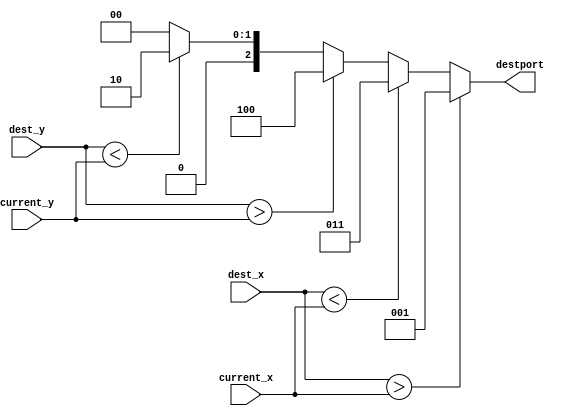
`timescale     1ns/1ps

/**********************************************************************
**    
**	Copyright (C) 2014-2017  Alireza Monemi
**    
**	This file is part of ProNoC 
**
**	ProNoC ( stands for Prototype Network-on-chip)  is free software: 
**	you can redistribute it and/or modify it under the terms of the GNU
**	Lesser General Public License as published by the Free Software Foundation,
**	either version 2 of the License, or (at your option) any later version.
**
** 	ProNoC is distributed in the hope that it will be useful, but WITHOUT
** 	ANY WARRANTY; without even the implied warranty of MERCHANTABILITY
** 	or FITNESS FOR A PARTICULAR PURPOSE.  See the GNU Lesser General
** 	Public License for more details.
**
** 	You should have received a copy of the GNU Lesser General Public
** 	License along with ProNoC. If not, see <http:**www.gnu.org/licenses/>.
**
**
**	Description: 
**	Different routing algorithms (determinstic,partially adaptive and fully adaptive)
**	for 2D mesh-based topology
**
**************************************************************/


/********************************************
                    Deterministic
*********************************************/


    /*****************************************************
                    xy_mesh_routing

    *****************************************************/



module xy_mesh_routing #(
    parameter NX        =    4,
    parameter NY        =    3,
    parameter OUT_BIN =    1    // 1: destination port is in binary format 0: onehot  
)
(
    current_x,    // current router x address
    current_y,    // current router y address
    dest_x,        // destination x address
    dest_y,        // destination y address
    destport    // router output port
        
);
    

    function integer log2;
      input integer number; begin   
         log2=(number <=1) ? 1: 0;    
         while(2**log2<number) begin    
            log2=log2+1;    
         end        
      end   
    endfunction // log2 

    localparam  P            =    5;    // router port number is always 5 in a mesh topology
    
    localparam  Xw            =    log2(NX),
                Yw            =    log2(NY),
                Pw            =    log2(P),
                DSTw          =    (OUT_BIN)? Pw : P;

    
    
    input  [Xw-1        :0]    current_x;
    input  [Yw-1        :0]    current_y;
    input  [Xw-1        :0]    dest_x;
    input  [Yw-1        :0]    dest_y;
    output [DSTw-1            :0]    destport;

    
    

    localparam  LOCAL    =    (OUT_BIN==1)?    0    :  1 ,//5'b00001
                EAST     =    (OUT_BIN==1)?    1    :  2 ,//5'b00010 
                NORTH    =    (OUT_BIN==1)?    2    :  4 ,//5'b00100    
                WEST     =    (OUT_BIN==1)?    3    :  8 ,//5'b01000  
                SOUTH    =    (OUT_BIN==1)?    4    : 16 ;//5'b10000    
    
    
    reg [DSTw-1            :0]    destport_next;
    
    
        
    assign    destport= destport_next;
    
    always@(*)begin
            destport_next    = LOCAL [DSTw-1    :0];
            if           (dest_x    > current_x)        destport_next    = EAST [DSTw-1    :0];
            else if      (dest_x    < current_x)        destport_next    = WEST [DSTw-1    :0];
            else begin
            if         (dest_y    > current_y)        destport_next    = SOUTH [DSTw-1:0];
            else if      (dest_y    < current_y)        destport_next    = NORTH [DSTw-1    :0];
            end
    end
    
    
endmodule

/********************************************
                    Partial adaptive
The west-first routing algorithm does not allow turns from north to west or from south to west.                    
The north last routing algorithm does not allow turns from north to east or from north to west.
The negetive fist routing algorithm does net allow turns from north to west or from east to south.

                    
*********************************************/

/************************************

                west-first
                 
*************************************/
module west_first_routing #(
        parameter NX    =   4,
        parameter NY    =   4
    )
    (       
        current_x,  // current router x address
        current_y,  // current router y address
        dest_x,     // destination x address
        dest_y,     // destination y address
        destport    // router output port
            
    );
   
   
    function integer log2;
      input integer number; begin   
         log2=(number <=1) ? 1: 0;    
         while(2**log2<number) begin    
            log2=log2+1;    
         end 	   
      end   
    endfunction // log2 
   
    localparam  P   =   5,
                P_1 =    P-1,
                Xw  =   log2(NX),
                Yw  =   log2(NY);

    input  [Xw-1        :0] current_x;
    input  [Yw-1        :0] current_y;
    input  [Xw-1        :0] dest_x;
    input  [Yw-1        :0] dest_y;
    output [P_1-1       :0] destport;
       
    localparam  LOCAL=   3'd0,  
                EAST =   3'd1, 
                NORTH=   3'd2, 
                WEST =   3'd3,  
                SOUTH=   3'd4;  
    
    
    wire x_plus,x_min,y_plus,y_min,same_x,same_y;
    
    mesh_dir #(
        .NX(NX),
        .NY(NY)
    )
    dir(
        .current_x(current_x),
        .current_y(current_y),
        .dest_x(dest_x),
        .dest_y(dest_y),
        .x_plus(x_plus),
        .x_min(x_min),
        .y_plus(y_plus),
        .y_min(y_min),
        .same_x(same_x),
        .same_y(same_y)
        
    );
    
    reg [4  :   0]  possible_out_port;
    
    //The west-first routing algorithm does not allow turns from north to west or from south to west. 
    always @(*)begin    
        possible_out_port = 5'd0;
        if(same_x && same_y) begin
            possible_out_port [LOCAL]=1'b1;
        end
        else if       (x_min) begin 
            possible_out_port [WEST]    = 1'b1;
        end
        else if (x_plus && y_min) begin
            possible_out_port [EAST]=1'b1;
            possible_out_port [NORTH]=1'b1;
        end
        else if(x_plus && y_plus) begin
            possible_out_port [EAST]=1'b1;
            possible_out_port [SOUTH]=1'b1;
        end
        else if( x_plus && same_y) begin 
            possible_out_port [EAST]=1'b1;
        end
        else if(same_x && y_min) begin 
            possible_out_port [NORTH]=1'b1;
        end
        else if(same_x && y_plus) begin 
            possible_out_port [SOUTH]=1'b1;
        end
    end 
    
    // code the destination port
    wire x,y,a,b;
    assign x = x_plus;
    assign y = y_min;
    assign a = possible_out_port[EAST] | possible_out_port[WEST]; 
    assign b = possible_out_port[NORTH]| possible_out_port[SOUTH];
    assign destport = {x,y,a,b};
endmodule 


/************************************
              
             
             north-last
              
              
 *************************************/


module north_last_routing #(
        parameter NX    =   4,
        parameter NY    =   4
    )
    (       
        current_x,  // current router x address
        current_y,  // current router y address
        dest_x,     // destination x address
        dest_y,     // destination y address
        destport    // router output port
            
    );
   
  
    function integer log2;
      input integer number; begin   
         log2=(number <=1) ? 1: 0;    
         while(2**log2<number) begin    
            log2=log2+1;    
         end 	   
      end   
    endfunction // log2 
   
    localparam  P   =   5,
                P_1 =    P-1,
                Xw  =   log2(NX),
                Yw  =   log2(NY);

    input  [Xw-1        :0] current_x;
    input  [Yw-1        :0] current_y;
    input  [Xw-1        :0] dest_x;
    input  [Yw-1        :0] dest_y;
    output [P_1-1       :0] destport;
       
    localparam  LOCAL=   3'd0,  
                EAST =   3'd1, 
                NORTH=   3'd2, 
                WEST =   3'd3,  
                SOUTH=   3'd4;  
    
    
    wire x_plus,x_min,y_plus,y_min,same_x,same_y;
    
    mesh_dir #(
        .NX(NX),
        .NY(NY)
    )
    dir(
        .current_x(current_x),
        .current_y(current_y),
        .dest_x(dest_x),
        .dest_y(dest_y),
        .x_plus(x_plus),
        .x_min(x_min),
        .y_plus(y_plus),
        .y_min(y_min),
        .same_x(same_x),
        .same_y(same_y)
        
    );
    
    reg [4  :   0]  possible_out_port;
    
   // north last routing algorithm does not allow turns from north to east or from north to west.
    
    always @(*)begin   
        possible_out_port   = 5'd0;
        if(same_x &&  same_y) begin 
            possible_out_port [LOCAL]=1'b1;
        end
        else if (x_min && y_min) begin 
            possible_out_port   [WEST]= 1'b1;
            //possible_out_port   [NORTH]= 1'b1;
        end 
        else if (x_min && y_plus) begin 
            possible_out_port   [WEST]= 1'b1;
            possible_out_port   [SOUTH]= 1'b1;
        end         
        else if (x_plus &&  y_min) begin 
            possible_out_port   [EAST]= 1'b1;
            //possible_out_port   [NORTH]= 1'b1;            
        end
        else if (x_plus &&  y_plus) begin 
            possible_out_port   [EAST]= 1'b1;
            possible_out_port   [SOUTH]= 1'b1;
        end
        else if (x_min && same_y) begin 
            possible_out_port   [WEST]= 1'b1;
        end
        else if (x_plus && same_y) begin 
            possible_out_port   [EAST]= 1'b1;
        end
        else if (same_x && y_min) begin 
            possible_out_port   [NORTH]= 1'b1;
        end
        else if (same_x && y_plus) begin 
            possible_out_port   [SOUTH]= 1'b1;
        end
    end
       
   
    // code the destination port
    wire x,y,a,b;
    assign x = x_plus;
    assign y = y_min;
    assign a = possible_out_port[EAST] | possible_out_port[WEST]; 
    assign b = possible_out_port[NORTH]| possible_out_port[SOUTH];
    assign destport = {x,y,a,b};
endmodule 


/****************************

        
        negetive-first
        

******************************/


module negetive_first_routing #(
        parameter NX    =   4,
        parameter NY    =   4
    )
    (       
        current_x,  // current router x address
        current_y,  // current router y address
        dest_x,     // destination x address
        dest_y,     // destination y address
        destport    // router output port
            
    );
   
    
    function integer log2;
      input integer number; begin   
         log2=(number <=1) ? 1: 0;    
         while(2**log2<number) begin    
            log2=log2+1;    
         end 	   
      end   
    endfunction // log2 
   
    localparam  P   =   5,
                P_1 =    P-1,
                Xw  =   log2(NX),
                Yw  =   log2(NY);

    input  [Xw-1        :0] current_x;
    input  [Yw-1        :0] current_y;
    input  [Xw-1        :0] dest_x;
    input  [Yw-1        :0] dest_y;
    output [P_1-1       :0] destport;
       
    localparam  LOCAL=   3'd0,  
                EAST =   3'd1, 
                NORTH=   3'd2, 
                WEST =   3'd3,  
                SOUTH=   3'd4;  
    
    
    wire x_plus,x_min,y_plus,y_min,same_x,same_y;
    
    mesh_dir #(
        .NX(NX),
        .NY(NY)
    )
    dir(
        .current_x(current_x),
        .current_y(current_y),
        .dest_x(dest_x),
        .dest_y(dest_y),
        .x_plus(x_plus),
        .x_min(x_min),
        .y_plus(y_plus),
        .y_min(y_min),
        .same_x(same_x),
        .same_y(same_y)
        
    );
    
    reg [4  :   0]  possible_out_port;
    
 // The negetive fist routing algorithm does net allow turns from north to west or from east to south.
    
    always @(*)begin   
        possible_out_port   = 5'd0;
        if(same_x &&  same_y) begin 
            possible_out_port [LOCAL]=1'b1;
        end
        else if (x_min && y_min) begin 
            possible_out_port   [WEST]= 1'b1;
            //possible_out_port   [NORTH]= 1'b1;
        end 
        else if (x_min && y_plus) begin 
            possible_out_port   [WEST]= 1'b1;
            possible_out_port   [SOUTH]= 1'b1;
        end         
        else if (x_plus &&  y_min) begin 
            possible_out_port   [EAST]= 1'b1;
            possible_out_port   [NORTH]= 1'b1;            
        end
        else if (x_plus &&  y_plus) begin 
            //possible_out_port   [EAST]= 1'b1;
            possible_out_port   [SOUTH]= 1'b1;
        end
        else if (x_min && same_y) begin 
            possible_out_port   [WEST]= 1'b1;
        end
        else if (x_plus && same_y) begin 
            possible_out_port   [EAST]= 1'b1;
        end
        else if (same_x && y_min) begin 
            possible_out_port   [NORTH]= 1'b1;
        end
        else if (same_x && y_plus) begin 
            possible_out_port   [SOUTH]= 1'b1;
        end
    end
      
    // code the destination port
    wire x,y,a,b;
    assign x = x_plus;
    assign y = y_min;
    assign a = possible_out_port[EAST] | possible_out_port[WEST]; 
    assign b = possible_out_port[NORTH]| possible_out_port[SOUTH];
    assign destport = {x,y,a,b};
endmodule 


/****************************************

            odd_even

***************************************/




module odd_even_routing #(
        parameter NX        =    4,
        parameter NY        =    4,
        parameter LOCATED_IN_NI        =    1 // 1: the router locaed inside ni                     
                                                  // 0: the routing module located inside router
    )
    (
        current_x,    // current router x address
        current_y,    // current router y address
        dest_x,        // destination x address
        dest_y,        // destination y address
        destport    // router output port
        
    );

        
    
   
    function integer log2;
      input integer number; begin   
         log2=(number <=1) ? 1: 0;    
         while(2**log2<number) begin    
            log2=log2+1;    
         end 	   
      end   
    endfunction // log2 
    
    localparam     P    =    5,
                P_1 =   P-1,               
                Xw    =    log2(NX),
                Yw    =    log2(NY);

    input  [Xw-1        :0]    current_x;
    input  [Yw-1        :0]    current_y;
    input  [Xw-1        :0]    dest_x;
    input  [Yw-1        :0]    dest_y;
    output [P_1-1         :0]    destport;
    
    
    
    localparam LOCAL   =        3'd0;  
    localparam EAST       =        3'd1; 
    localparam NORTH   =        3'd2;  
    localparam WEST       =        3'd3;  
    localparam SOUTH   =        3'd4;  
    
    wire signed [Xw        :0] xc;//current 
    wire signed [Xw        :0] xd;//destination
    wire signed [Yw        :0] yc;//current 
    wire signed [Yw        :0] yd;//destination
    wire signed [Xw        :0] xdiff;
    wire signed [Yw        :0] ydiff; 
    
    
    assign     xc     ={1'b0, current_x [Xw-1        :0]};
    assign     yc     ={1'b0, current_y [Yw-1        :0]};
    assign    xd    ={1'b0, dest_x};
    assign    yd     ={1'b0, dest_y};
    assign     xdiff    = xd-xc;
    assign    ydiff    = yd-yc;
    
    reg [P-1    :    0]    possible_out_port;
    
    
    
    always @(*)begin     
        possible_out_port = 5'd0;
        if (xdiff == 0 && ydiff == 0) begin 
                possible_out_port [LOCAL]=1'b1;
        end
        else if(xdiff ==0) begin //currently in the same column as destination
            if( ydiff<0) begin 
                possible_out_port [NORTH]=1'b1;
            end else begin 
                possible_out_port [SOUTH]=1'b1;
            end
        end
        else if(ydiff == 0) begin //currently in the same row as destination
            if( xdiff<0) begin 
                possible_out_port [WEST]=1'b1;
            end else begin 
                possible_out_port [EAST]=1'b1;
            end
        end
        else begin 
            if(xdiff>0)begin //east_bound
                if(ydiff == 0) begin
                    possible_out_port [EAST]=1'b1;
                end
                else begin 
                    if(current_x[0] || (LOCATED_IN_NI    == 1)) begin 
                        if( ydiff<0) begin 
                            possible_out_port [NORTH]=1'b1;
                        end else begin 
                            possible_out_port [SOUTH]=1'b1;
                        end
                    end
                    if(dest_x[0] || xdiff!=1) begin // //odd destination column or >= 2 columns to destination
                        possible_out_port [EAST]=1'b1;
                    end 
                end
            end 
            else begin // west_bound
                possible_out_port [WEST]    = 1'b1;
                if(current_x[0]== 1'b0) begin //even column
                    if( ydiff<0) begin 
                        possible_out_port [NORTH]=1'b1;
                    end else begin 
                        possible_out_port [SOUTH]=1'b1;
                    end
                end
            end
        end
        end
        
        
        
    // code the destination port
    wire x,y,a,b;
    assign x = (xdiff > 0);
    assign y = (ydiff < 0);
    assign a = possible_out_port[EAST] | possible_out_port[WEST]; 
    assign b = possible_out_port[NORTH]| possible_out_port[SOUTH];
    assign destport = {x,y,a,b};

    
    
    
endmodule 
    
/***********************************
        fully adaptive

***********************************/
    
    
    /************************************

        Duatos Fully Adaptive
The packet which can travel in both x & y dimention can not use the reserved VC in y axies
    *************************************/    
    
    
    
module duato_mesh_routing #(
        parameter NX    =    4,
        parameter NY    =    4
    )
    (        
        current_x,    // current router x address
        current_y,    // current router y address
        dest_x,        // destination x address
        dest_y,        // destination y address
        destport    // router output port
        
    );

        
    
  
    function integer log2;
      input integer number; begin   
         log2=(number <=1) ? 1: 0;    
         while(2**log2<number) begin    
            log2=log2+1;    
         end 	   
      end   
    endfunction // log2 
    
    
    localparam     P    =    5,
                P_1 =   P-1,    
                Xw    =    log2(NX),
                Yw    =    log2(NY);

    input  [Xw-1        :0]    current_x;
    input  [Yw-1        :0]    current_y;
    input  [Xw-1        :0]    dest_x;
    input  [Yw-1        :0]    dest_y;
    output [P_1-1        :0]    destport;
    

    
    localparam  LOCAL=   3'd0,  
                EAST =   3'd1, 
                NORTH=   3'd2, 
                WEST =   3'd3,  
                SOUTH=   3'd4;  
    
    
    wire x_plus,x_min,y_plus,y_min,same_x,same_y;
    
    mesh_dir #(
        .NX(NX),
        .NY(NY)
    )
    dir(
        .current_x(current_x),
        .current_y(current_y),
        .dest_x(dest_x),
        .dest_y(dest_y),
        .x_plus(x_plus),
        .x_min(x_min),
        .y_plus(y_plus),
        .y_min(y_min),
        .same_x(same_x),
        .same_y(same_y)
        
    );
        
    
    reg [P-1    :    0]    possible_out_port;
    
    always @(*)begin   
        possible_out_port       = 5'd0;
        if(same_x &&  same_y) begin 
            possible_out_port [LOCAL]=1'b1;
        end
        else if (x_min && y_min) begin 
            possible_out_port   [WEST]= 1'b1;
            possible_out_port   [NORTH]= 1'b1;
        end 
        else if (x_min && y_plus) begin 
            possible_out_port   [WEST]= 1'b1;
            possible_out_port   [SOUTH]= 1'b1;
        end 
        else if (x_plus &&  y_min) begin 
            possible_out_port   [EAST]= 1'b1;
            possible_out_port   [NORTH]= 1'b1;            
        end
        else if (x_plus &&  y_plus) begin 
            possible_out_port   [EAST]= 1'b1;
            possible_out_port   [SOUTH]= 1'b1;
        end
        else if (x_min && same_y) begin 
            possible_out_port   [WEST]= 1'b1;
        end
        else if (x_plus && same_y) begin 
            possible_out_port   [EAST]= 1'b1;
        end
        else if (same_x && y_min) begin 
            possible_out_port   [NORTH]= 1'b1;
        end
        else if (same_x && y_plus) begin 
            possible_out_port   [SOUTH]= 1'b1;
        end
    end
   
    
    // code the destination port
    wire   x,y,a,b;
    assign x = x_plus;
    assign y = y_min;
    assign a = possible_out_port[EAST] | possible_out_port[WEST]; 
    assign b = possible_out_port[NORTH]| possible_out_port[SOUTH];
    assign destport = {x,y,a,b};
    
    
    
endmodule
    
        


        
module mesh_dir #(
    parameter NX   =    4,
    parameter NY   =    4
)(
    current_x,
    current_y,
    dest_x,
    dest_y,
    x_plus,
    x_min,
    y_plus,
    y_min,
    same_x,
    same_y
);

 
    function integer log2;
      input integer number; begin   
         log2=(number <=1) ? 1: 0;    
         while(2**log2<number) begin    
            log2=log2+1;    
         end 	   
      end   
    endfunction // log2 
        
    localparam  Xw          =   log2(NX),
                Yw          =   log2(NY);

    output x_plus;
    output x_min;
    output y_plus;
    output y_min;
    output same_x,same_y;
    
    input   [Xw-1       :   0] current_x;
    input   [Yw-1       :   0] current_y;
    input   [Xw-1       :   0] dest_x;
    input   [Yw-1       :   0] dest_y;

   

    assign same_x = (current_x == dest_x);
    assign same_y = (current_y == dest_y);
    assign x_plus = (dest_x  > current_x);
    assign x_min  = (dest_x  < current_x);
    assign y_plus = (dest_y  > current_y);
    assign y_min  = (dest_y  < current_y);
   
   

endmodule